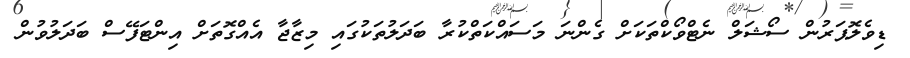
ޑިވެލޮޕަރުން ސޯޝަލް ނެޓްވޯކްތަކަށް ގެންނަ މަސައްކަތްކުރާ ބަދަލުތަކުގައި މިޒާޖާ އެއްގޮތަށް އިންޓަފޭސް ބަދަލުވުން